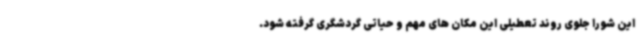
این شورا جلوی روند تعطیلی این مکان های مهم و حیاتی گردشگری گرفته شود.